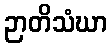
ဉာတိသံဃာ